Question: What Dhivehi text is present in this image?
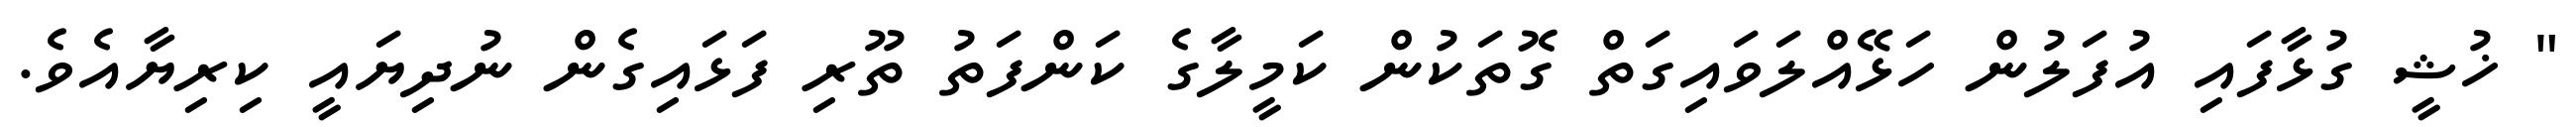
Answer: " ޚުޝީ ގުޅާފައި އުފަލުން ހަޅޭއްލަވައިގަތް ގޮތަކުން ކަމީލާގެ ކަންފަތު ތޫރި ފަޅައިގެން ނުދިޔައީ ކިރިޔާއެވެ.